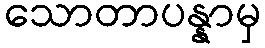
သောတာပန္နာမှ